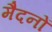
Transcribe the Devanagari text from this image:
मैदनों